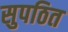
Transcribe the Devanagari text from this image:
सुपठित